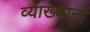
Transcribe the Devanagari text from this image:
व्‍याख्‍यानों